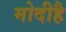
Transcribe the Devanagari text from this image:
मोदीहै